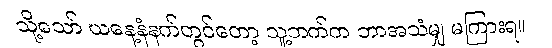
သို့သော် ယနေ့နံနက်တွင်တော့ သူ့ဘက်က ဘာအသံမျှ မကြားရ။